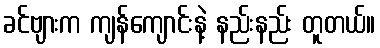
ခင်ဗျားက ကျန်ကျောင်းနဲ့ နည်းနည်း တူတယ်။